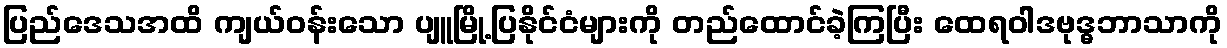
ပြည်ဒေသအထိ ကျယ်ဝန်းသော ပျူမြို့ပြနိုင်ငံများကို တည်ထောင်ခဲ့ကြပြီး ထေရဝါဒဗုဒ္ဓဘာသာကို